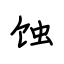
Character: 蚀